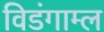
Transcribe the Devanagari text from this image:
विडंगाम्ल